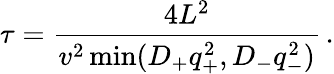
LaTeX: \tau=\frac{4L^{2}}{v^{2}\operatorname*{min}(D_{+}q_{+}^{2},D_{-}q_{-}^{2})}\, .